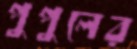
পুপুলের